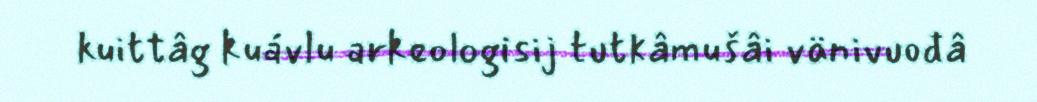
kuittâg kuávlu arkeologisij tutkâmušâi vänivuođâ